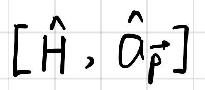
$[\hat{H}, \hat{O}_{\vec{p}}]$